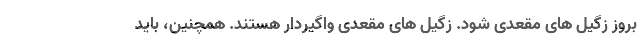
بروز زگیل های مقعدی شود. زگیل های مقعدی واگیردار هستند. همچنین، باید